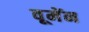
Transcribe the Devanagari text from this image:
वूमेंन